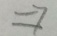
\Rightarrow